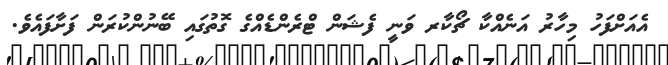
އެއަށްފަހު މިހާރު އަނެއްކާ ޗޯކާރ ވަނީ ފެޝަން ޓްރެންޑެއްގެ ގޮތުގައި ބޭނުންކުރަން ފަށާފައެވެ.